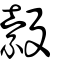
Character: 縠